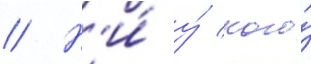
// Н'и́ у́ кого́